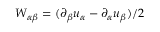
W _ { \alpha \beta } = ( \partial _ { \beta } u _ { \alpha } - \partial _ { \alpha } u _ { \beta } ) / 2